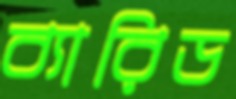
ব্যারিড